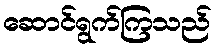
ဆောင်ရွက်ကြသည်